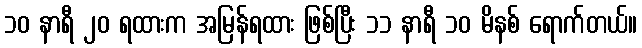
၁၀ နာရီ ၂၀ ရထားက အမြန်ရထား ဖြစ်ပြီး ၁၁ နာရီ ၁၀ မိနစ် ရောက်တယ်။